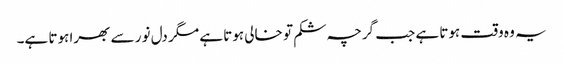
یہ وہ وقت ہوتا ہے جب گرچہ شکم تو خالی ہوتا ہے مگر دل نور سے بھرا ہوتا ہے۔